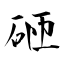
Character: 砸